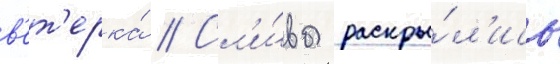
в'ет'ерка́ // Сл'и́вы раскры́л'ись